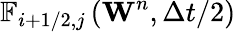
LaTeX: {{\mathbb{F}}_{i+1/2,j}}\left({{\mathbf{W}}^{n}},\Delta t/2\right)